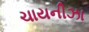
ચાયનીઝા